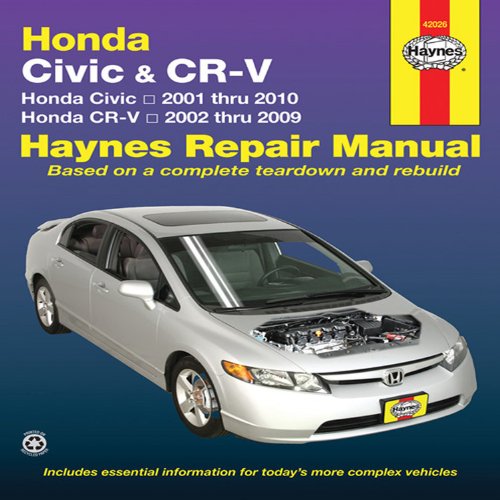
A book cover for Honda Civic 2001-2010 & CRV 2002-2009 (Haynes Repair Manual); John Haynes; Engineering & Transportation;